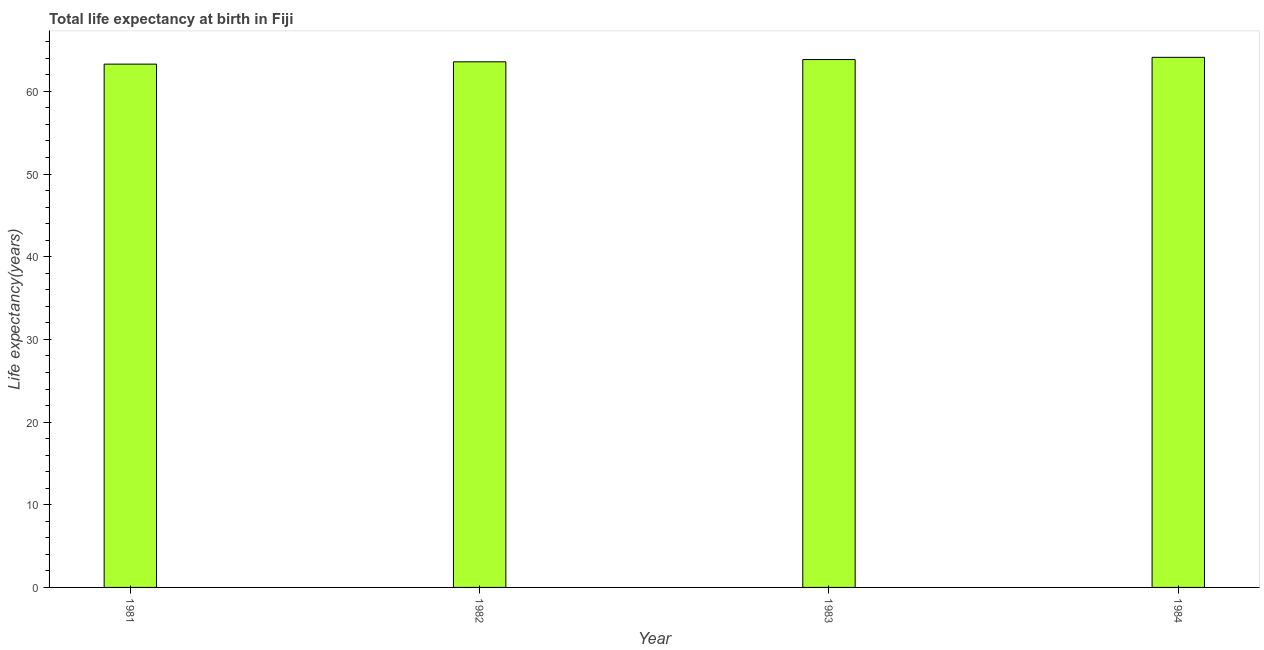
| Year | Life expectancy at birth |
 | --- | --- |
 | 1981 | 63.3 |
 | 1982 | 63.6 |
 | 1983 | 63.9 |
 | 1984 | 64.1 |